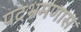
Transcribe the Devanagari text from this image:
पदभ्रमणास